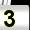
Digit: 3